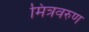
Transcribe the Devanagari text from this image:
मित्रवरुण